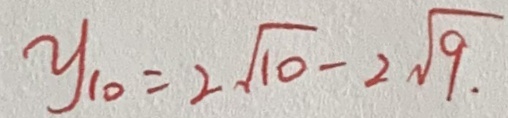
y _ { 1 0 } = 2 \sqrt { 1 0 } - 2 \sqrt { 9 . }